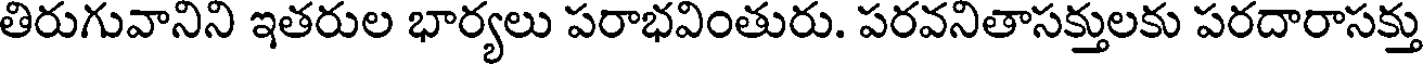
తిరుగువానిని ఇతరుల భార్యలు పరాభవింతురు. పరవనితాసక్తులకు పరదారాసక్తు